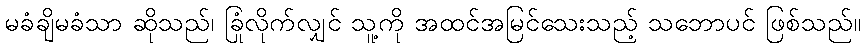
မခံချိမခံသာ ဆိုသည်၊ ခြုံလိုက်လျှင် သူ့ကို အထင်အမြင်သေးသည့် သဘောပင် ဖြစ်သည်။